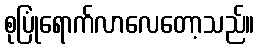
စုပြုံရောက်လာလေတော့သည်။